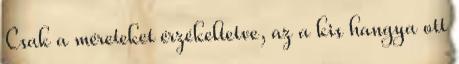
Csak a méreteket érzékeltetve, az a kis hangya ott